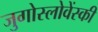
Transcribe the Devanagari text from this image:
जुगोस्लोवेंस्की